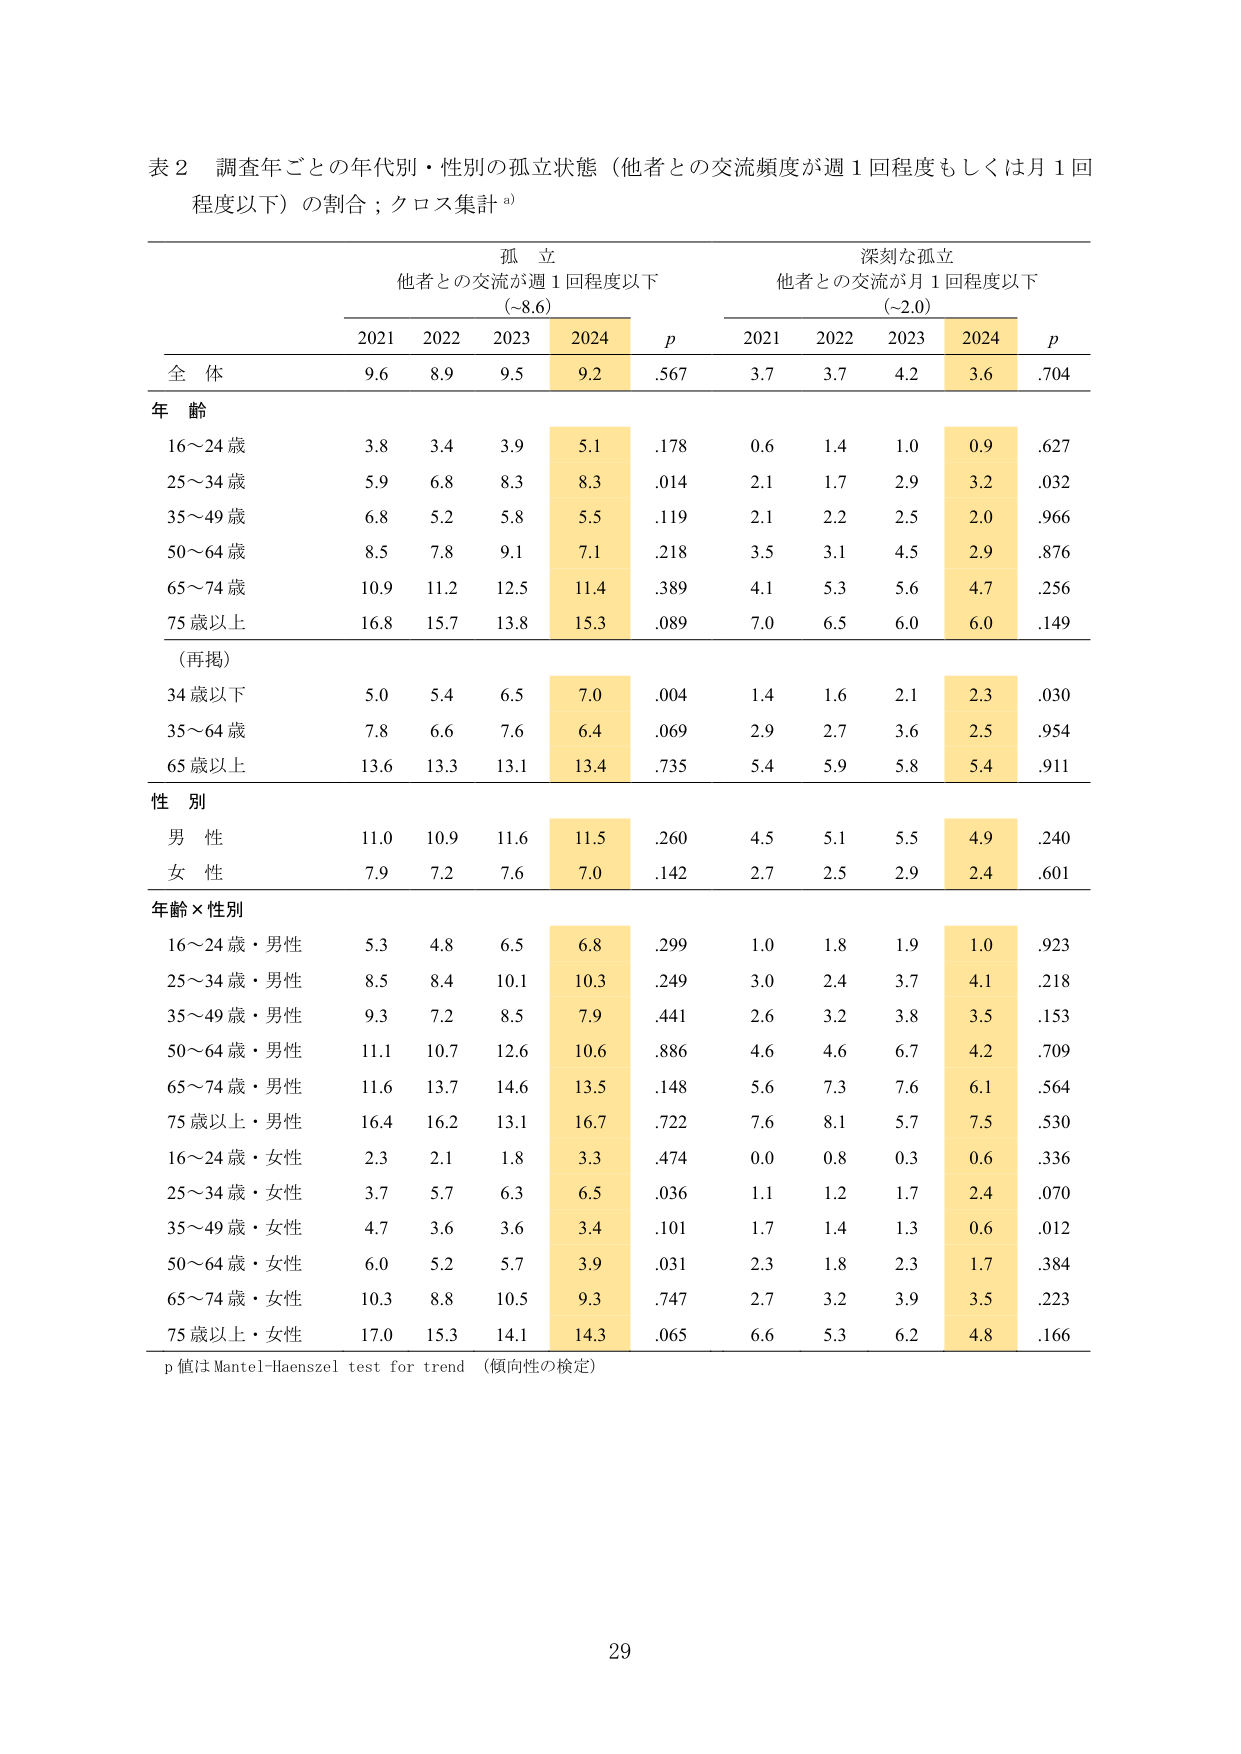
表２ 調査年ごとの年代別・性別の孤立状態（他者との交流頻度が週１回程度もしくは月１回程度以下）の割合；クロス集計 a)

孤 立
他者との交流が週１回程度以下
(~8.6)

深刻な孤立
他者との交流が月１回程度以下
(~2.0)

2021 2022 2023 2024 p 2021 2022 2023 2024 p

全 体 9.6 8.9 9.5 9.2.567 3.7 3.7 4.2 3.6.704

年 齢
16～24 歳 3.8 3.4 3.9 5.1.178 0.6 1.4 1.0 0.9.627
25～34 歳 5.9 6.8 8.3 8.3.014 2.1 1.7 2.9 3.2.032
35～49 歳 6.8 5.2 5.8 5.5.119 2.1 2.2 2.5 2.0.966
50～64 歳 8.5 7.8 9.1 7.1.218 3.5 3.1 4.5 2.9.876
65～74 歳 10.9 11.2 12.5 11.4.389 4.1 5.3 5.6 4.7.256
75 歳以上 16.8 15.7 13.8 15.3.089 7.0 6.5 6.0 6.0.149

（再掲）
34 歳以下 5.0 5.4 6.5 7.0.004 1.4 1.6 2.1 2.3.030
35～64 歳 7.8 6.6 7.6 6.4.069 2.9 2.7 3.6 2.5.954
65 歳以上 13.6 13.3 13.1 13.4.735 5.4 5.9 5.8 5.4.911

性 別
男 性 11.0 10.9 11.6 11.5.260 4.5 5.1 5.5 4.9.240
女 性 7.9 7.2 7.6 7.0.142 2.7 2.5 2.9 2.4.601

年齢×性別
16～24 歳・男性 5.3 4.8 6.5 6.8.299 1.0 1.8 1.9 1.0.923
25～34 歳・男性 8.5 8.4 10.1 10.3.249 3.0 2.4 3.7 4.1.218
35～49 歳・男性 9.3 7.2 8.5 7.9.441 2.6 3.2 3.8 3.5.153
50～64 歳・男性 11.1 10.7 12.6 10.6.886 4.6 4.6 6.7 4.2.709
65～74 歳・男性 11.6 13.7 14.6 13.5.148 5.6 7.3 7.6 6.1.564
75 歳以上・男性 16.4 16.2 13.1 16.7.722 7.6 8.1 5.7 7.5.530
16～24 歳・女性 2.3 2.1 1.8 3.3.474 0.0 0.8 0.3 0.6.336
25～34 歳・女性 3.7 5.7 6.3 6.5.036 1.1 1.2 1.7 2.4.070
35～49 歳・女性 4.7 3.6 3.6 3.4.101 1.7 1.4 1.3 0.6.012
50～64 歳・女性 6.0 5.2 5.7 3.9.031 2.3 1.8 2.3 1.7.384
65～74 歳・女性 10.3 8.8 10.5 9.3.747 2.7 3.2 3.9 3.5.223
75 歳以上・女性 17.0 15.3 14.1 14.3.065 6.6 5.3 6.2 4.8.166

p 値は Mantel-Haenszel test for trend （傾向性の検定）

29